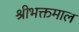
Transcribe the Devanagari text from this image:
श्रीभक्तमाल